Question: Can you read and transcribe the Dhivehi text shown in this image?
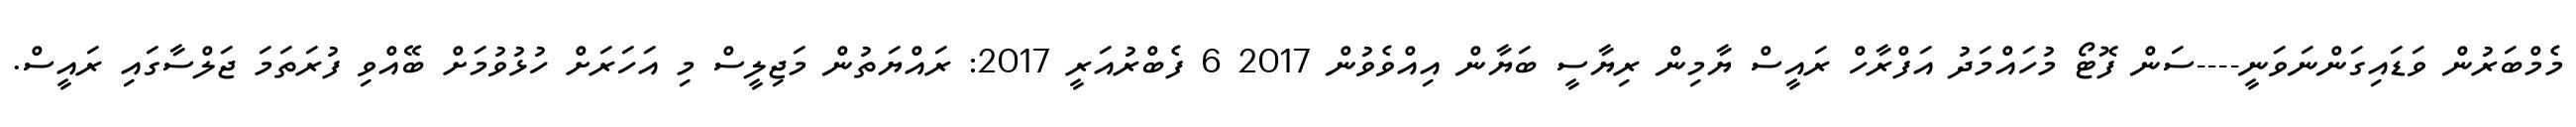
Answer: މެމްބަރުން ވަޑައިގަންނަވަނީ----ސަން ފޮޓޯ މުހައްމަދު އަފްރާހް ރައީސް ޔާމިން ރިޔާސީ ބަޔާން އިއްވެވުން 2017 6 ފެބްރުއަރީ 2017: ރައްޔަތުން މަޖިލީސް މި އަހަރަށް ހުޅުވުމަށް ބޭއްވި ފުރަތަމަ ޖަލްސާގައި ރައީސް.